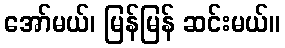
အော်မယ်၊ မြန်မြန် ဆင်းမယ်။